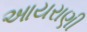
આયરાણી